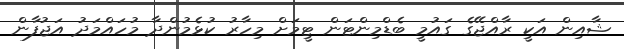
ޝާއިން އަކީ ރާއްޖޭގެ ގައުމީ ބެޑްމިންޓަން ޓީމަށް މިހާރު ކުޅެމުންދާ މުހައްމަދު އަޖުފާން